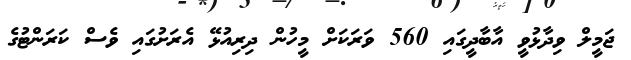
ޖަމީލް ވިދާޅުވީ އާބާދީގައި 560 ވަރަކަށް މީހުން ދިރިއުޅޭ އެރަށުގައި ވެސް ކަރަންޓުގެ